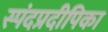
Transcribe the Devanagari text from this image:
स्पंदप्रदीपिका